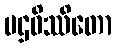
ပဌဝိဿိတော